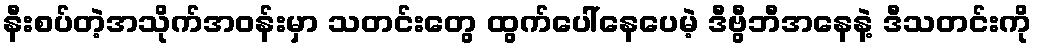
နီးစပ်တဲ့အသိုက်အဝန်းမှာ သတင်းတွေ ထွက်ပေါ်နေပေမဲ့ ဒီဗွီဘီအနေနဲ့ ဒီသတင်းကို